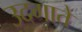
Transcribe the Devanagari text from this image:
उदगाते